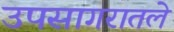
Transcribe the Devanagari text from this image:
उपसागरातले